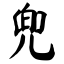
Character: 兜